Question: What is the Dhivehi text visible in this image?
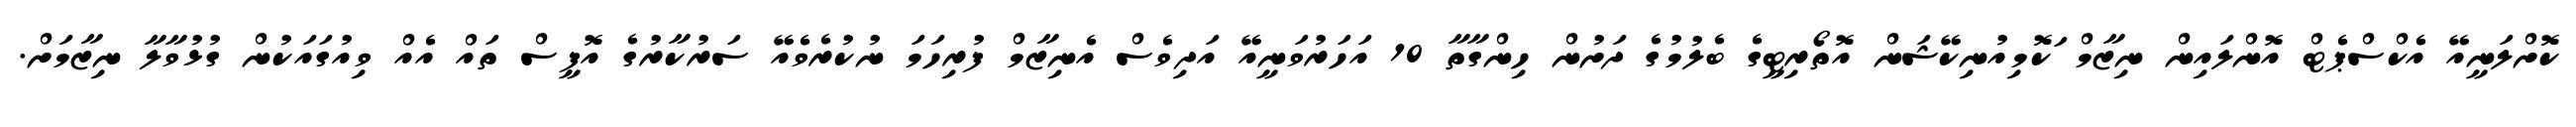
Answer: ކޮށްލަނީއޭ އެކްސްޕެޓް އޮންލައިން ނިޒާމް ަކޮމިއުނިކޭޝަން އޮތޯރިޓީގެ ބެލުމުގެ ދަށުން ހިންގާތާ 10 އަހަރުވަނީއޭ އަދިވެސް އެނިޒާމް ފުރިހަމަ ނުކުރެވެއޭ ސަރުކާރުގެ އޮފީސް ތައް އެއް ވިއުގައަކުން ގުޅުވާލާ ނިޒާމަށް.